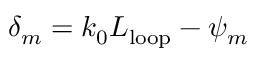
\delta _ { m } = k _ { 0 } L _ { \mathrm { l o o p } } - \psi _ { m }